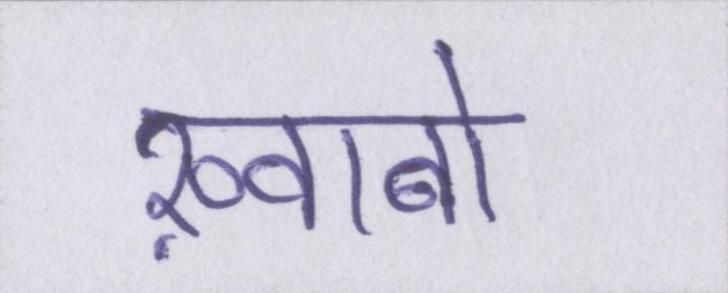
ख़्वाबों